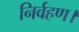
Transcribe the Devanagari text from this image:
निर्वहण।